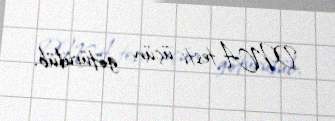
DNA testi üçün götürülüb.